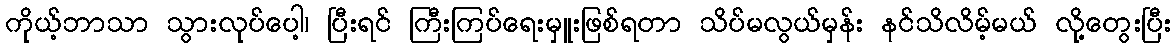
ကိုယ့်ဘာသာ သွားလုပ်ပေါ့၊ ပြီးရင် ကြီးကြပ်ရေးမှူးဖြစ်ရတာ သိပ်မလွယ်မှန်း နင်သိလိမ့်မယ် လို့တွေးပြီး